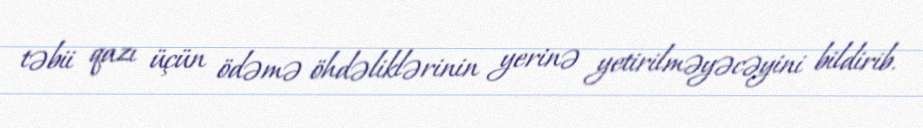
təbii qazı üçün ödəmə öhdəliklərinin yerinə yetirilməyəcəyini bildirib.